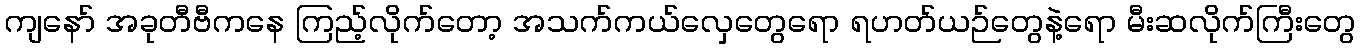
ကျနော် အခုတီဗီကနေ ကြည့်လိုက်တော့ အသက်ကယ်လှေတွေရော ရဟတ်ယဉ်တွေနဲ့ရော မီးဆလိုက်ကြီးတွေ